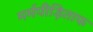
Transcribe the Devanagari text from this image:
मर्मपीड़िताफ